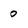
Character: 0